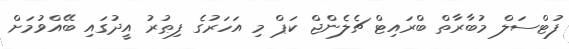
ފުޓްސަލް މުބާރާތް ބްރައިޓް ޗެލެންޖް ކަޕް މި އަހަރުގެ ފިޠުރު އީދުގައި ބޭއްވުމަށް